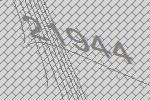
21944